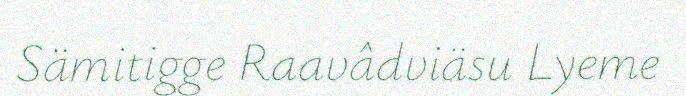
Sämitigge Raavâdviäsu Lyeme